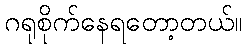
ဂရုစိုက်နေရတော့တယ်။